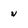
Character: n